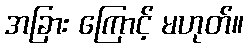
အခြား ကြောင့် မဟုတ်။